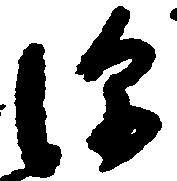
深